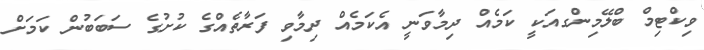
ވިކްޓިމް ބްލޭމިންގއަކީ ކަމެއް ދިމާވަނީ އެކަމެއް ދިމާވި ފަރާތެއްގެ ކުށުގެ ސަބަބުން ކަމަށް